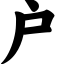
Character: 户